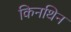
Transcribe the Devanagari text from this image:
किनथिन